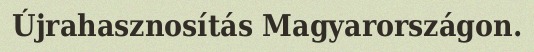
Újrahasznosítás Magyarországon.